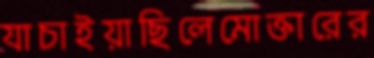
যাচাইয়াছিলেমোক্তারের